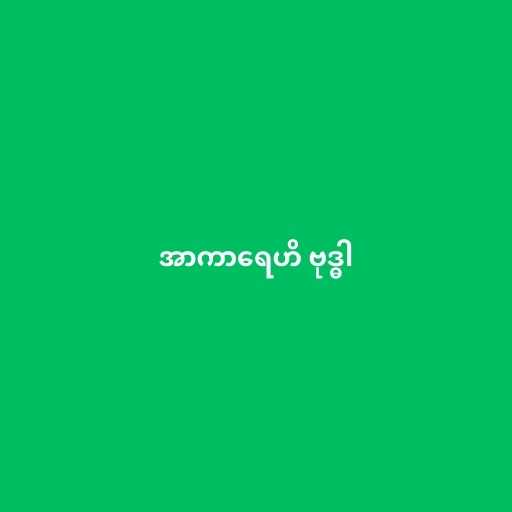
အာကာရေဟိ ဗုဒ္ဓါ